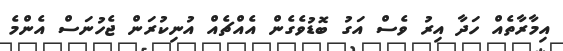
އިމާރާތެއް ހަދާ އިރު ވެސް އަގު ބޮޑުވެގެން އެއްްޗެއް އުނިކުރަން ޖެހުނަސް އެންމެ